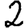
Digit: 2